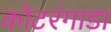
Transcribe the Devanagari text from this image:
कोटरंगाडा